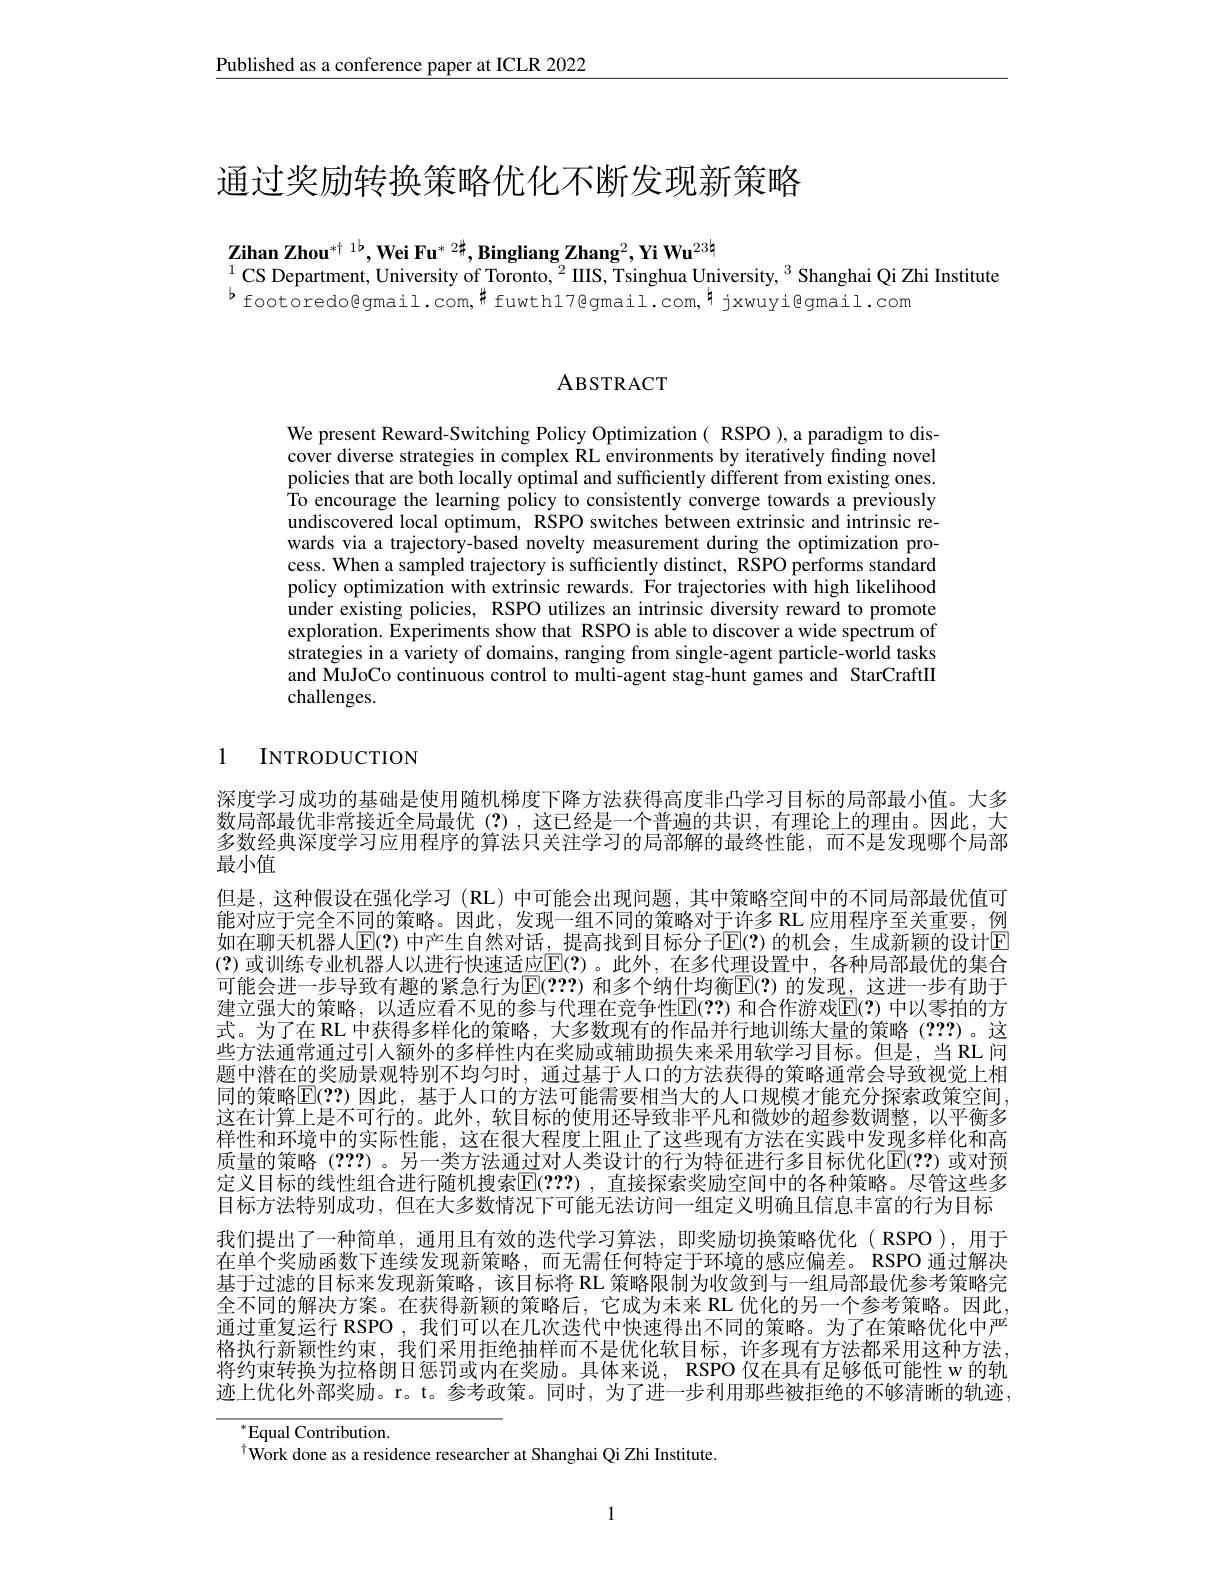
Published as a conference paper at ICLR 2022

# 通过奖励转换策略优化不断发现新策略

$\mathbf{Z} \textbf{ihan Zhou}^{* \dagger \:1\text{b}}, \mathbf{Wei~Fu}^{* \:2\text{中 }}, \mathbf{B} \textbf{ingliang Zhang}^{2}, \mathbf{Yi~Wu}^{2\:3\:}$
$^{1}$CS Department, University of Toronto, $^2$IIIS, Tsinghua University, $^3$ Shanghai Qi Zhi Institute
$^{b}$footoredo@gmail.com,$^{\#}$fuwthl7@gmail.com,$^{\sharp}$jxwuyi@gmail.com

# ABSTRACT

We present Reward-Switching Policy Optimization( RSPO ),a paradigm to discover diverse strategies in complex RL environments by iteratively finding novel policies that are both locally optimal and sufficiently different from existing ones. To encourage the learning policy to consistently converge towards a previously undiscovered local optimum, RSPO switches between extrinsic and intrinsic rewards via a trajectory-based novelty measurement during the optimization process. When a sampled trajectory is sufficiently distinct, RSPO performs standard policy optimization with extrinsic rewards. For trajectories with high likelihood under existing policies, RSPO utilizes an intrinsic diversity reward to promote exploration. Experiments show that RSPO is able to discover a wide spectrum of strategies in a variety of domains, ranging from single-agent particle-world tasks and MuJoCo continuous control to multi-agent stag-hunt games and StarCraftII challenges.

# 1 INTRODUCTION

深度学习成功的基础是使用随机梯度下降方法获得高度非凸学习目标的局部最小值。大多数局部最优非常接近全局最优(?),这已经是一个普遍的共识，有理论上的理由。因此，大多数经典深度学习应用程序的算法只关注学习的局部解的最终性能，而不是发现哪个局部最小值
但是，这种假设在强化学习(RL)中可能会出现问题，其中策略空间中的不同局部最优值可能对应于完全不同的策略。因此，发现一组不同的策略对于许多 RL 应用程序至关重要，例如在聊天机器人$\operatorname{E}(?)$ 中产生自然对话，提高找到目标分子$\operatorname{E}(?)$ 的机会，生成新颖的设计$\operatorname{E}$ (?)或训练专业机器人以进行快速适应$\mathbb{E}(?)$。此外，在多代理设置中，各种局部最优的集合可能会进一步导致有趣的紧急行为$\mathbb{E}(???)$ 和多个纳什均衡$\mathbb{E}(?)$ 的发现，这进一步有助于建立强大的策略，以适应看不见的参与代理在竞争性$\mathbb{E}(??)$ 和合作游戏$\mathbb{E}(?)$ 中以零拍的方式。为了在 RL 中获得多样化的策略，大多数现有的作品并行地训练大量的策略 (???)。这些方法通常通过引人额外的多样性内在奖励或辅助损失来采用软学习目标。但是，当 RL 问题中潜在的奖励景观特别不均匀时，通过基于人口的方法获得的策略通常会导致视觉上相同的策略$\mathbb{E}(??)$ 因此，基于人口的方法可能需要相当大的人口规模才能充分探索政策空间这在计算上是不可行的。此外，软目标的使用还导致非平凡和微妙的超参数调整，以平衡多样性和环境中的实际性能，这在很大程度上阻止了这些现有方法在实践中发现多样化和高质量的策略 (???)。另一类方法通过对人类设计的行为特征进行多目标优化$\mathbb{E}(\mathbf{??})$ 或对预定义目标的线性组合进行随机搜索$\mathbb{E}(???)$ ,直接探索奖励空间中的各种策略。尽管这些多目标方法特别成功，但在大多数情况下可能无法访问一组定义明确且信息丰富的行为目标我们提出了一种简单，通用且有效的迭代学习算法，即奖励切换策略优化(RSPO),用于在单个奖励函数下连续发现新策略，而无需任何特定于环境的感应偏差。RSPO 通过解决基于过滤的目标来发现新策略，该目标将 RL 策略限制为收敛到与一组局部最优参考策略完全不同的解决方案。在获得新颖的策略后，它成为未来 RL 优化的另一个参考策略。因此， 通过重复运行 RSPO , 我们可以在几次迭代中快速得出不同的策略。为了在策略优化中严格执行新颖性约束，我们采用拒绝抽样而不是优化软目标，许多现有方法都采用这种方法， 将约束转换为拉格朗日惩罚或内在奖励。具体来说，RSPO 仅在具有足够低可能性 w 的轨迹上优化外部奖励。r。t。参考政策。同时，为了进一步利用那些被拒绝的不够清晰的轨迹，

$^*$Equal Contribution.
$^{\dagger}$Work done as a residence researcher at Shanghai Qi Zhi Institute.

1